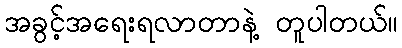
အခွင့်အရေးရလာတာနဲ့ တူပါတယ်။